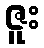
ဇူး